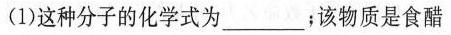
(1)这种分子的化学式为________；该物质是食醋